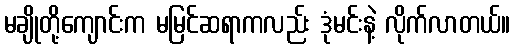
မချိုတို့ကျောင်းက မမြင်ဆရာကလည်း ဒုံမင်းနဲ့ လိုက်လာတယ်။